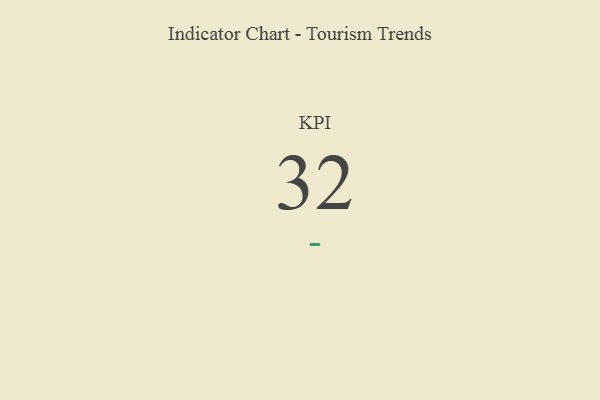
{"axis": {"x": "KPI", "y": "Value"}, "legend": [""], "data": [{"x": "KPI", "y": 32, "type": ""}]}